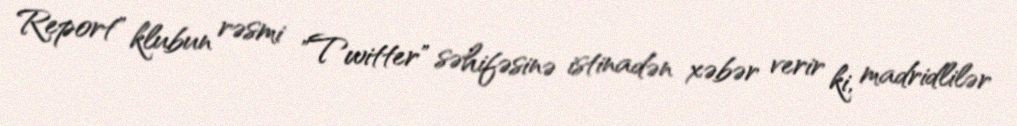
Report" klubun rəsmi "Twitter" səhifəsinə istinadən xəbər verir ki, madridlilər